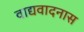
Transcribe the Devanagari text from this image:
वाद्यवादनास